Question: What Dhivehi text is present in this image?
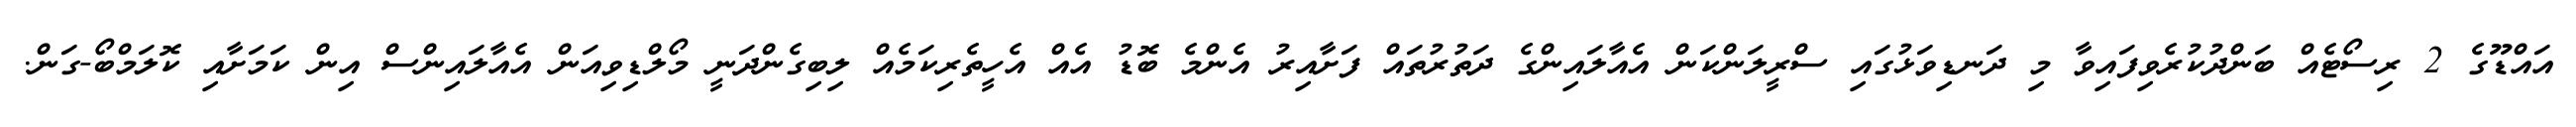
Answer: އައްޑޫގެ 2 ރިސޯޓެއް ބަންދުކުރެވިފައިވާ މި ދަނޑިވަޅުގައި ސްރީލަންކަން އެއާލައިންގެ ދަތުރުތައް ފަށާއިރު އެންމެ ބޮޑު އެއް އެހީތެރިކަމެއް ލިބިގެންދަނީ މޯލްޑިވިއަން އެއާލައިންސް އިން ކަމަށާއި ކޮލަމްބޯ-ގަން.